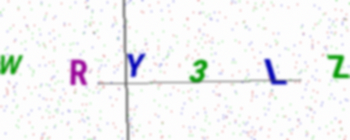
Text: WRY3LZ